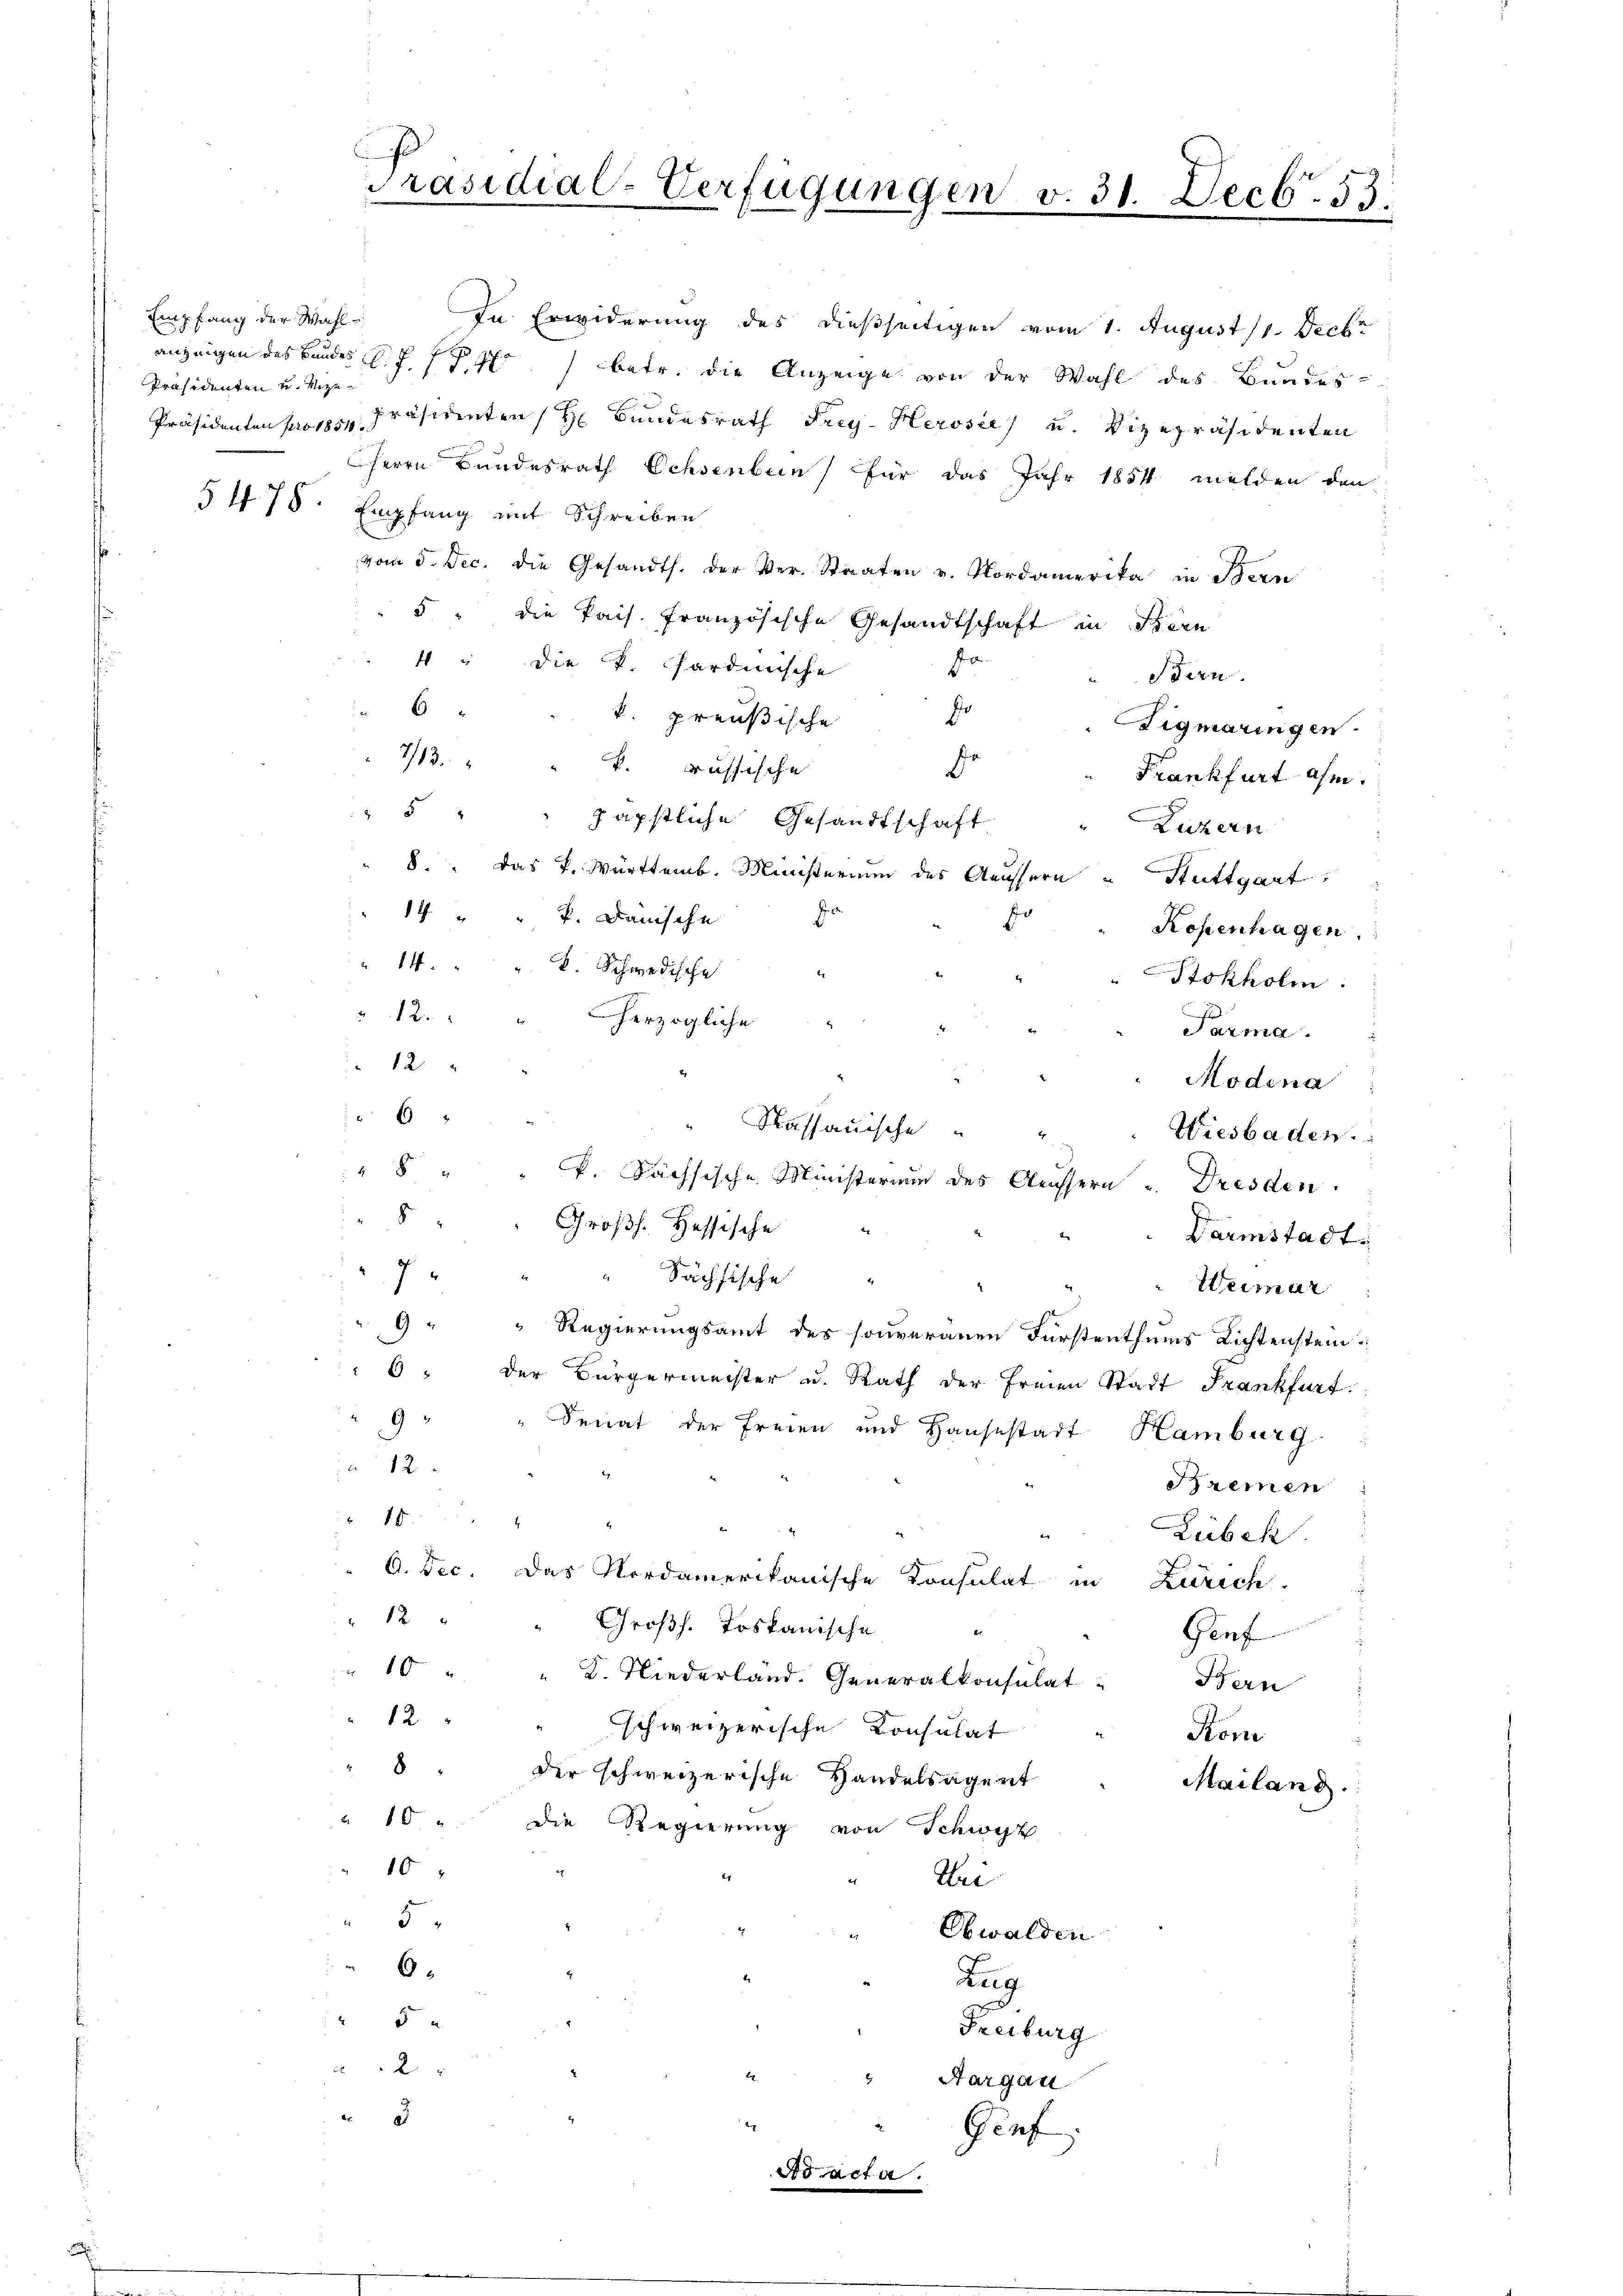
Empfang der Wahl
Präsidenten u. Vize¬

Präsidial-Verfügungen v. 31. Decb. 53.
a

Präsidenten propos. Präsidenten H: Bundesrath Frey. Herose, u. Vizepräsidenten
Herrn Bundesrath Ochsenbein für das Jahr 1854 melden den
§ 478. Empfang mit Schreiben
vom 5. Dec. die Gesandts. der Ver- Staaten v. Nordamerika in Bern
5 " die Pais. Französische Gesandtschaft in Bern
4 " die P. Sardinische
o
Bern.
6 " " k. preußische
Dir
Aigmaringen.
7/13. " " k. russische
.
Frankfurt ahm.
5 " " päpstliche Gesandtschaft
Luzern
8. Das K. Württemb. Ministerium des Aeussern u Stuttgart
14 " " k. Danische Ja
e
Kopenhagen
" 14. " " B. Schwedische
Stokholm
12.
herzogliche
Parma.
12
Modena
6
Kassauische
Wiesbaden.
" 8 " " k. Sächsische Ministerium des Strassern u. Dresden.
8
Großh. Hessische
Darmstadt.
Sächsische
7
Weimar
9 " " Regierungsamt des souveränen Fürstenthums Lichtenstein
6 " der Bürgermeister u. Rath der Freien Stadt Frankfurt
9 " " Senat der Freien und Haŭsestadt Hamburg
a 12
Bremen
10
Lübeck.
G. Dec. Das Nordamerikanische Konsulat in Zürich.
 12 x
Großh. Toskanische
Genf
" 10 " " K. Niederland. Generalkonsulat Bern
12
d
schweizerische Konsulat
Kon
8 " Dir schweizerische Handelsagent
Mailang.
" 10 " die Regierung von Schwyt
10
2
Wei
5.
Obwalden
6.
.
Zug
5 x
Freiburg
2
" Aargau
e
i
Genf
Ad acta.

In Erwiderung des dießseitigen vom 1. August 1. Decbr
anzeigen des Bundes l. J. 1871 betr. die Anzeige von der Wahl des Bundes-